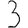
Digit: 3